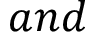
a n d